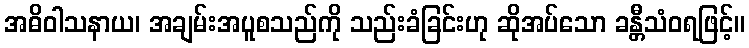
အဓိဝါသနာယ၊ အချမ်းအပူစသည်ကို သည်းခံခြင်းဟု ဆိုအပ်သော ခန္တီသံဝရဖြင့်။